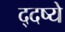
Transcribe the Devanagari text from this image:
द्दष्ये